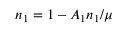
n _ { 1 } = 1 - A _ { 1 } n _ { 1 } / \mu